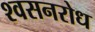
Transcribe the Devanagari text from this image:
श्वसनरोध